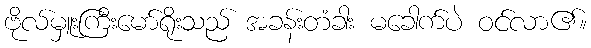
ဗိုလ်မှူးကြီးမော်ရိုးသည် အခန်းတံခါး မခေါက်ပဲ ဝင်လာ၏။